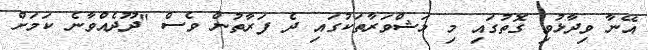
އޭނާ ވިދާޅުވި ގޮތުގައި މި މަޝްވަރާތަކުގައި ދެ ފަރާތުން ވެސް "ދޫދެއްވާނެ ކަމަށް